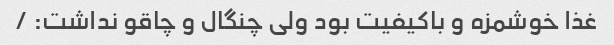
غذا خوشمزه و باکیفیت بود ولی چنگال و چاقو نداشت: /